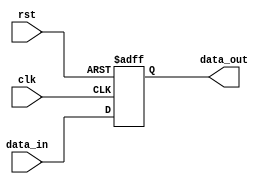
module Fallback_Bypass_Register (
    input clk,
    input rst,
    input [31:0] data_in,
    output reg [31:0] data_out
);

reg [31:0] register;

always @(posedge clk or posedge rst) begin
    if (rst) begin
        register <= 0;
    end else begin
        register <= data_in;
    end
end

assign data_out = register;

endmodule